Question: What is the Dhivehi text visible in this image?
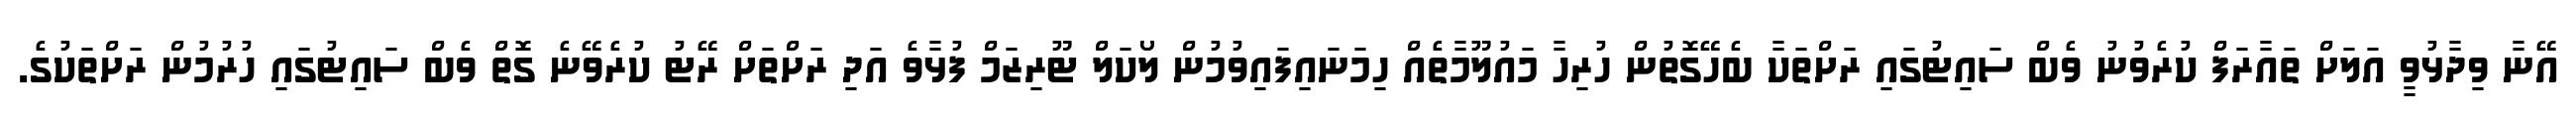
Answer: އޭނާ ވިދާޅުވީ އަލަށް ތައާރަފް ކުރެވުނު ވެބް ސައިޓުގައި ރަށްތަކާ ބެހޭގޮތުން ހުރިހާ މައުލޫމާތެއް ހިމަނައިފައިވުމުން ލޯކަލް ޓޫރިޒަމް ފުޅާވެ އަދި ރަށްތަށް ރޭޓު ކުރެވޭނެ ގޮތް ވެބް ސައިޓުގައި ހުރުމުން ރަށްތަކުގެ.